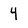
Character: 4